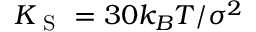
K _ { \mathrm { ~ S ~ } } = 3 0 k _ { B } T / \sigma ^ { 2 }